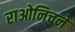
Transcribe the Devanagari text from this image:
राओनिचने